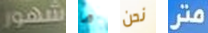
شهور ما نحن متر